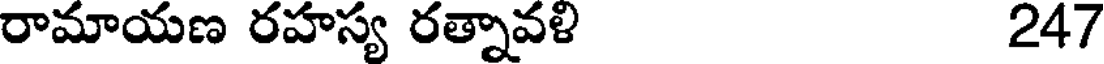
రామాయణ రహస్య రత్నావళి 247